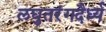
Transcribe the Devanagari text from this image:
लघुतरंगदैर्ध्य